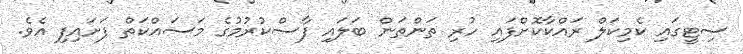
ސިޓީގައި ކެމިކަލް ރައްކާކޮށްފައި ހުރި ތަންތަން ބަލައި ފާސްކުރުމުގެ މަސައްކަތް ފަށައިފި އެވެ.